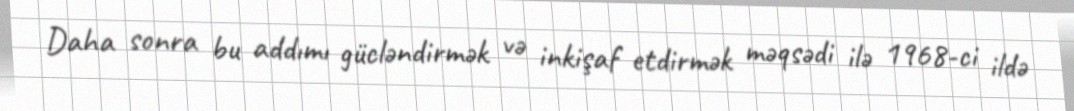
Daha sonra bu addımı gücləndirmək və inkişaf etdirmək məqsədi ilə 1968-ci ildə